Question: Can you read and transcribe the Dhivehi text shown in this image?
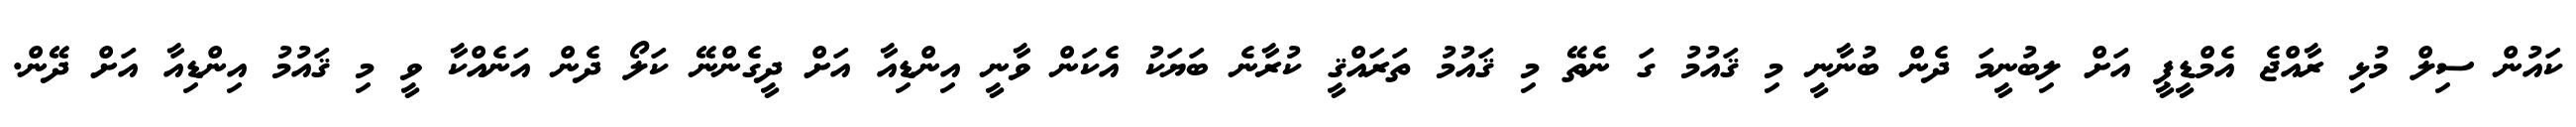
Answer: ކައުން ސިލް މުޅި ރާއްޖެ އެމްޑީޕީ އަށް ލިބުނީމަ ދެން ބުނާނީ މި ޤައުމު ގަ ނެތޭ މި ޤައުމު ތަރައްޤީ ކުރާނެ ބަޔަކު އެކަން ވާނީ އިންޑިއާ އަށް ދީގެންނޭ ކަލޯ ދެން އަނެއްކާ ވީ މި ޤައުމު އިންޑިއާ އަށް ދޭން.